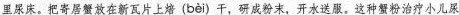
里尿床。把寄居蟹放在新瓦片上焙( bèi )干，研成粉末，开水送服。这种蟹粉治疗小儿尿